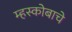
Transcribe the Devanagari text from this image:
म्हस्कोबाचे